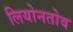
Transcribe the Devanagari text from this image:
लियोनतोव